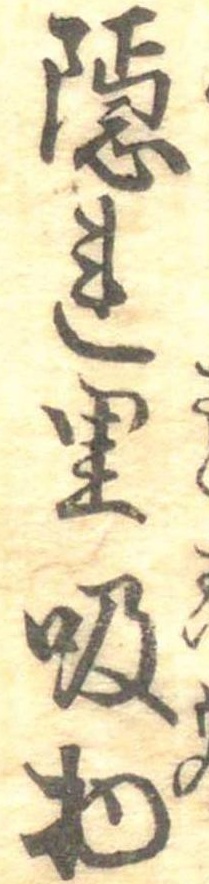
隠れ里吸物